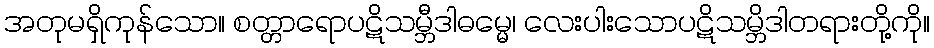
အတုမရှိကုန်သော။ စတ္တာရောပဋိသမ္ဘီဒါဓမ္မေ၊ လေးပါးသောပဋိသမ္ဘိဒါတရားတို့ကို။